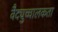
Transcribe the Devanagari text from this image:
वैद्युच्चालकता